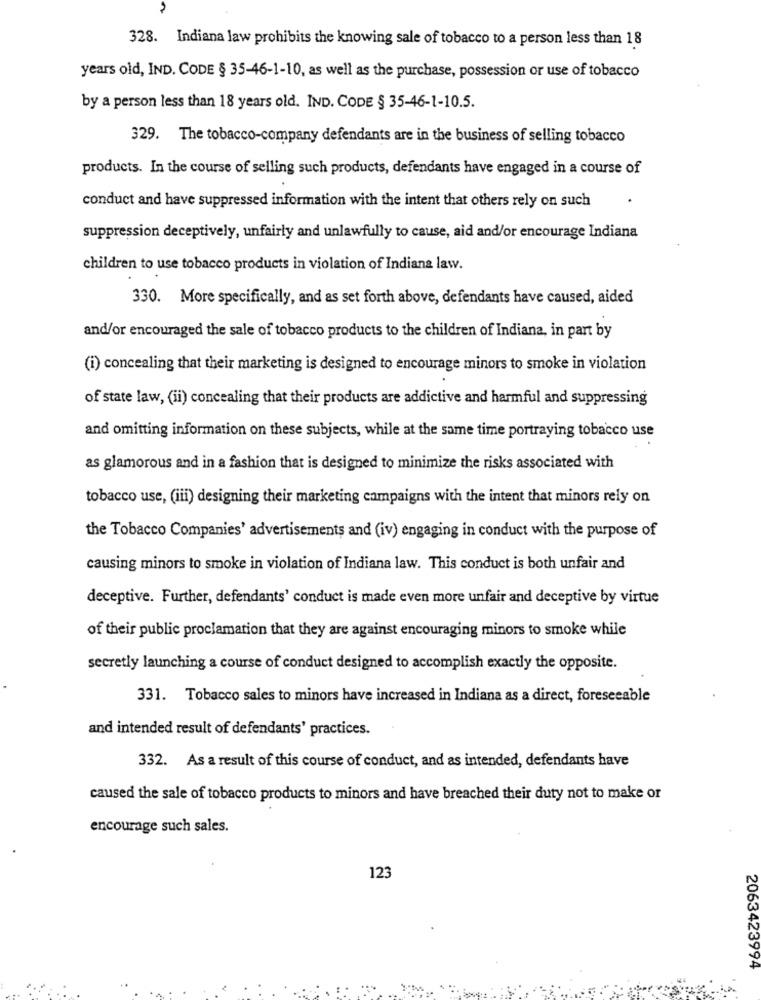
328. Indiana law prohibits the knowing sale of tobacco to a person less than 18
years old, IND. CODE § 35-46-1-10, as well as the purchase, possession or use of tobacco
by a person less than 18 years old. IND. CODE § 35-46-1-10.5.
329. The tobacco-company defendants are in the business of selling tobacco
products. In the course of selling such products, defendants have engaged in a course of
conduct and have suppressed information with the intent that others rely on such
suppression deceptively, unfairly and unlawfully to cause, aid and/or encourage Indiana
children to use tobacco products in violation of Indiana law.
330. More specifically, and as set forth above, defendants have caused, aided
and/or encouraged the sale of tobacco products to the children of Indiana, in part by
(i) concealing that their marketing is designed to encourage minors to smoke in violation
of state law, (ii) concealing that their products are addictive and harmful and suppressing
and omitting information on these subjects, while at the same time portraying tobacco use
as glamorous and in a fashion that is designed to minimize the risks associated with
tobacco use, (iii) designing their marketing campaigns with the intent that minors rely on
the Tobacco Companies' advertisements and (iv) engaging in conduct with the purpose of
causing minors to smoke in violation of Indiana law. This conduct is both unfair and
deceptive. Further, defendants' conduct is made even more unfair and deceptive by virtue
of their public proclamation that they are against encouraging minors to smoke while
secretly launching a course of conduct designed to accomplish exactly the opposite.
331. Tobacco sales to minors have increased in Indiana as a direct, foreseeable
and intended result of defendants' practices.
332. As a result of this course of conduct, and as intended, defendants have
caused the sale of tobacco products to minors and have breached their duty not to make or
encourage such sales.
123
2063423994